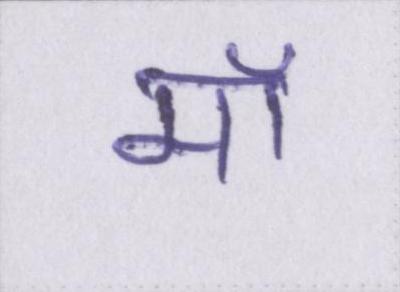
मॉ